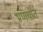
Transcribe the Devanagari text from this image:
प्रणयात